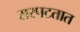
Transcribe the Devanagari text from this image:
सरपटतात